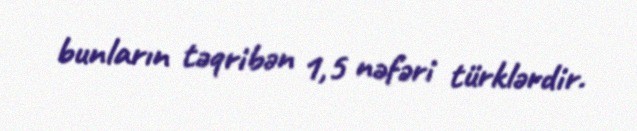
bunların təqribən 1,5 nəfəri türklərdir.